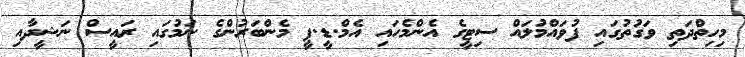
މިހިތްދަތި ވަގުތުގައި ފުވައްމުލައް ސިޓީގެ އެންމެހައި އެމް.ޑީ.ޕީ މެންބަރުންގެ ނަމުގައި ރައީސް ނަޝީދާއި